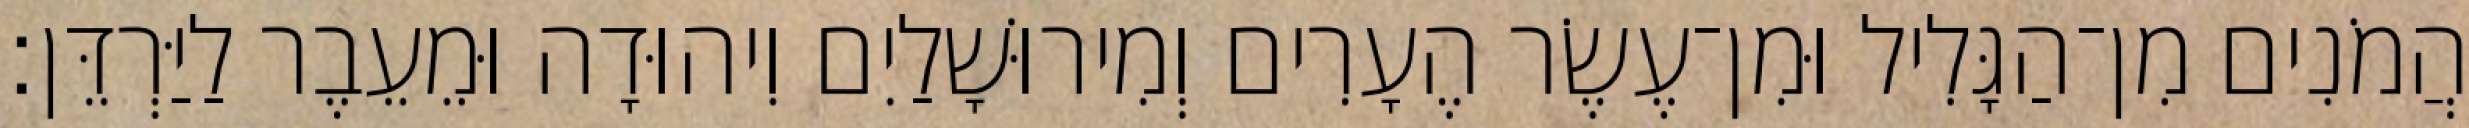
הֲמֹנִים מִן־הַגָּלִיל וּמִן־עֶשֶׂר הֶעָרִים וְמִירוּשָׁלַיִם וִיהוּדָה וּמֵעֵבֶר לַיַּרְדֵּן׃